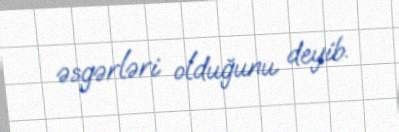
əsgərləri olduğunu deyib.